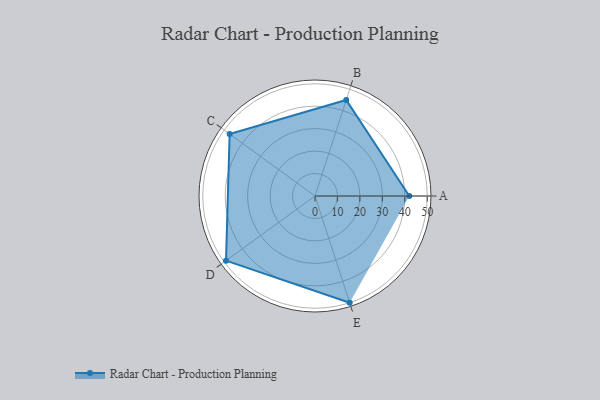
{"axis": {"x": "Skill", "y": "Score"}, "legend": ["Profile"], "data": [{"x": "A", "y": 42.0, "type": "Profile"}, {"x": "B", "y": 45.0, "type": "Profile"}, {"x": "C", "y": 47.0, "type": "Profile"}, {"x": "D", "y": 49.0, "type": "Profile"}, {"x": "E", "y": 50.0, "type": "Profile"}]}